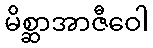
မိစ္ဆာအာဇီဝေါ